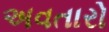
અવતારો